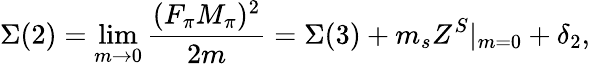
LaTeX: \Sigma(2)=\operatorname*{lim}_{m\to 0}\frac{(F_{\pi}M_{\pi})^{2}}{2m}=\Sigma(3)+m_{s}Z^{S}|_{m=0}+\delta_{2},